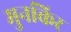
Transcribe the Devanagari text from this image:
मुनकिर